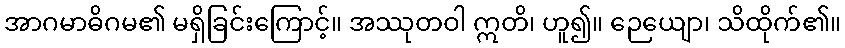
အာဂမာဓိဂမ၏ မရှိခြင်းကြောင့်။ အဿုတဝါ ဣတိ၊ ဟူ၍။ ဉေယျော၊ သိထိုက်၏။